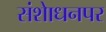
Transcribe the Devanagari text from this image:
संशाेधनपर